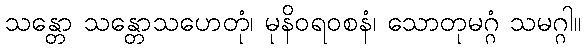
သန္တော သန္တောသဟေတုံ၊ မုနိဝရ၀စနံ၊ သောတုမဂ္ဂံ သမဂ္ဂါ။